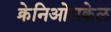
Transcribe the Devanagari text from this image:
क्रेनिओसक्रेल